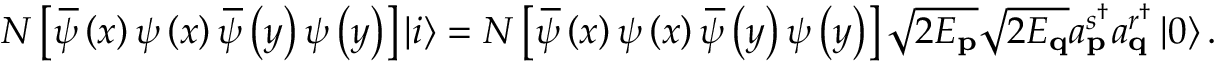
N \left[ \, \overline { { \! { \psi } } } \left( x \right) \psi \left( x \right) \, \overline { { \! { \psi } } } \left( y \right) \psi \left( y \right) \right] \left\vert i \right\rangle = N \left[ \, \overline { { \! { \psi } } } \left( x \right) \psi \left( x \right) \, \overline { { \! { \psi } } } \left( y \right) \psi \left( y \right) \right] \sqrt { 2 E _ { \mathbf { p } } } \sqrt { 2 E _ { \mathbf { q } } } a _ { \mathbf { p } } ^ { s ^ { \dagger } } a _ { \mathbf { q } } ^ { r ^ { \dagger } } \left\vert 0 \right\rangle .